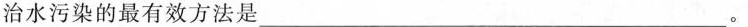
治水污染的最有效方法是___。